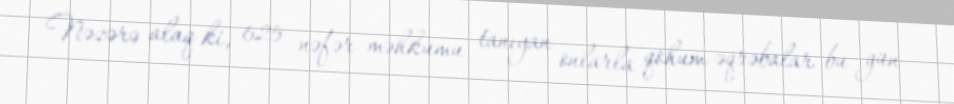
Nəzərə alaq ki, 625 nəfər məhkumu tanıyan onlarla qohum-əqrəbalar bu gün